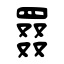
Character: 罬